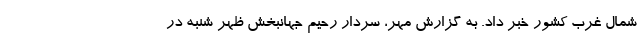
شمال غرب کشور خبر داد. به گزارش مهر، سردار رحیم جهانبخش ظهر شنبه در